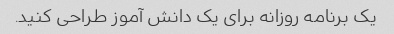
یک برنامه روزانه برای یک دانش آموز طراحی کنید.